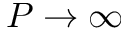
P \to \infty